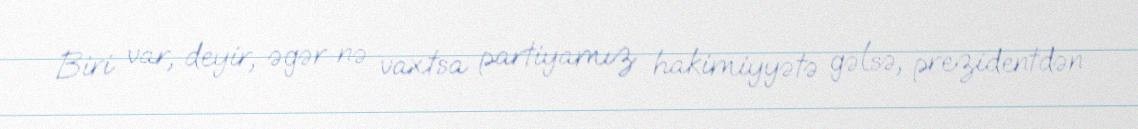
Biri var, deyir, əgər nə vaxtsa partiyamız hakimiyyətə gəlsə, prezidentdən